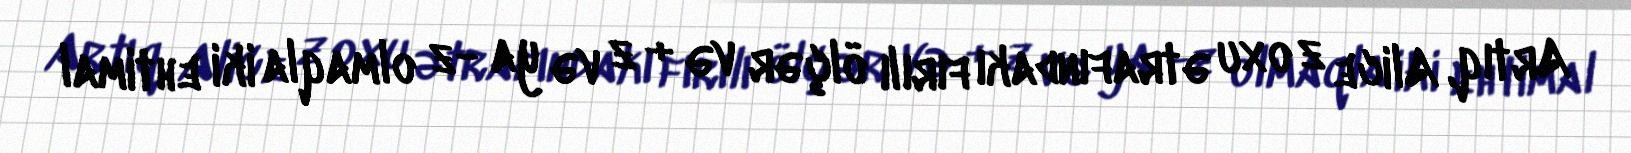
Artıq, Alice z oxu ətrafındakı fırılı ölçər və + z və ya -z olmaqla iki ehtimal